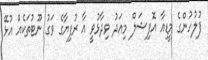
ފުލުހުންގެ މީޑިއާ އޮފިޝަލް މިއަދު ވިދާޅުވީ އާ ރުފިޔާގެ ވަގު ނޫޓުތަކެއް އުޅޭ